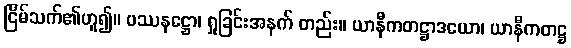
ငြိမ်သက်၏ဟူ၍။ ပဿနဋ္ဌော၊ ရှုခြင်းအနက် တည်း။ ယာနီကတဋ္ဌာဒယော၊ ယာနီကတဋ္ဌ